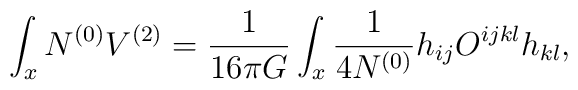
\int_x N^{(0)} V^{(2)}={1\over16\pi G}\int_x {1\over4N^{(0)}} h_{ij}O^{ijkl} h_{kl},